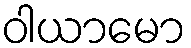
ဝါယာမော